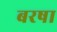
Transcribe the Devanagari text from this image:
बरषा